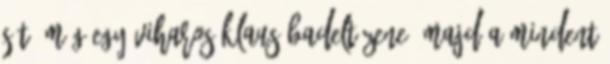
sét. Még egy viharos Klaus Badelt-zene, majd a mindent